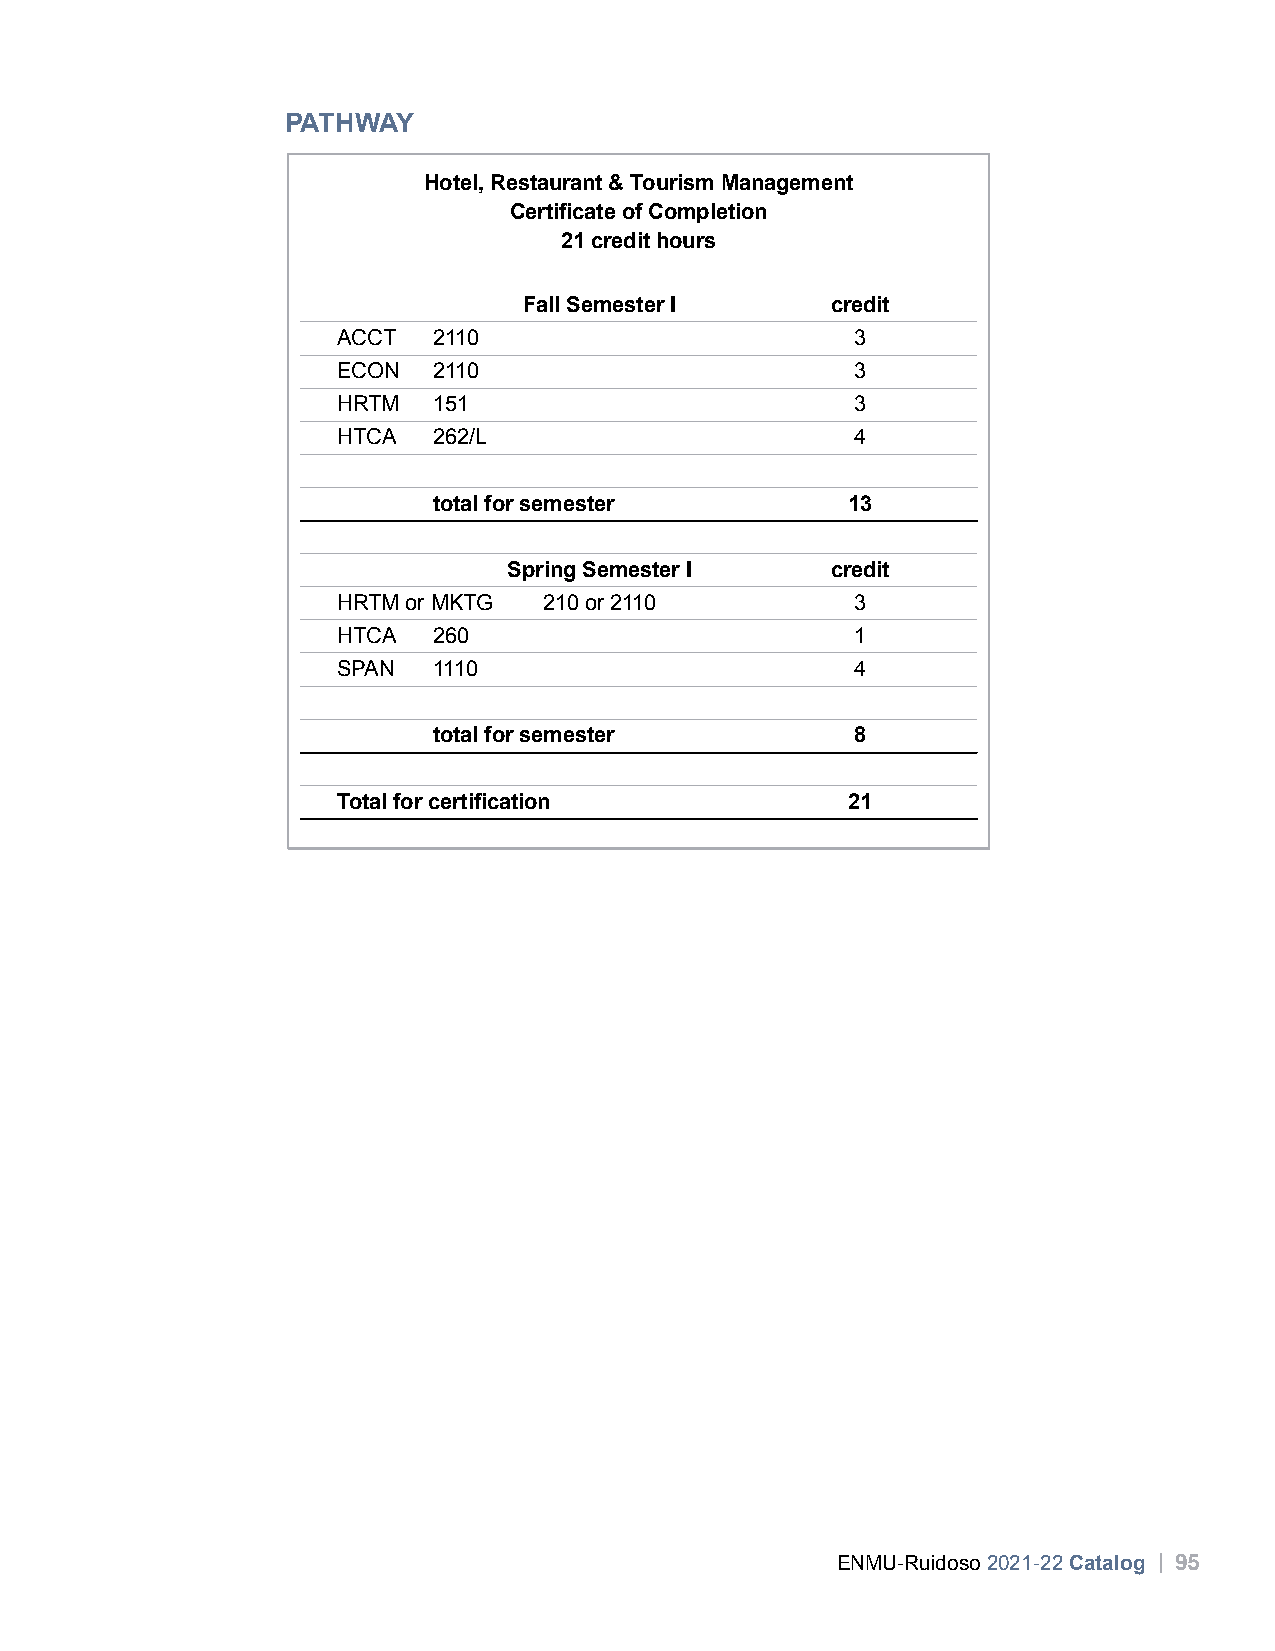
PATHWAY
 Hotel, Restaurant & Tourism Management
 Certificate of Completion
 21 credit hours
 Fall Semester I     credit
 ACCT   2110                        3
 ECON   2110                        3
 HRTM   151                         3
 HTCA   262/L                       4
 total for semester         13
 Spring Semester I    credit
 HRTM or MKTG  210 or 2110          3
 HTCA   260                         1
 SPAN   1110                        4
 total for semester          8
 Total for certification           21
 ENMU-Ruidoso 2021-22 Catalog | 95